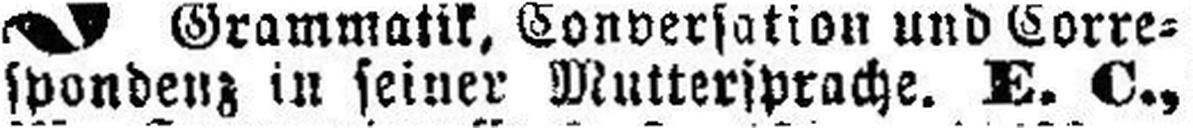
spondenz in seiner Muttersprache. E. C.,